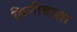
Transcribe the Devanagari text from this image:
सिनीबाला